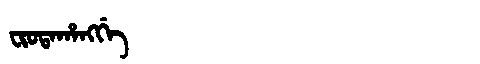
Manchu: ᠸᡳᠣᡨᠠᡥᠠᠩᡤᡝ
Romanization: FIOTAHANGGE